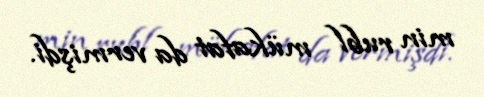
min rubl mükafat da vermişdi.